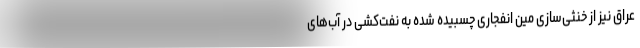
عراق نیز از خنثی‌سازی مین انفجاری چسبیده شده به نفت‌کشی در آب‌های